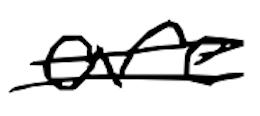
Text: are
Cross-out: double-line
Writing tool: digital_black